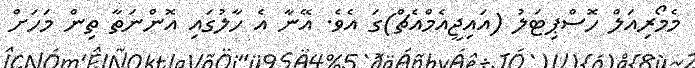
މެމޯރިއަލް ހޮސްޕިޓަލު (އައިޖީއެމްއެޗް)ގަ އެވެ. އޭނާ އެ ހާލުގައި އޮންނަތާ ތިން މަހަށް